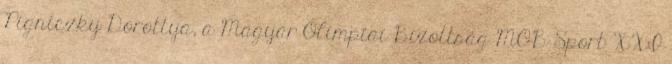
Pigniczky Dorottya, a Magyar Olimpiai Bizottság MOB Sport XXI